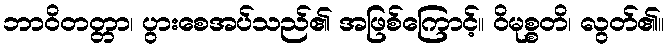
ဘာဝိတတ္တာ၊ ပွားစေအပ်သည်၏ အဖြစ်ကြောင့်။ ဝိမုစ္စတိ၊ လွတ်၏။